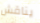
يناقش